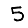
Digit: 5